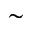
\sim